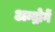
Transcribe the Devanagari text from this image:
अन्द्रोगें